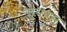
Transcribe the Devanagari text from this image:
सुयवस्